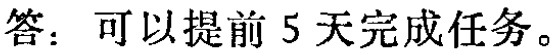
答：可以提前 5 天完成任务。